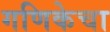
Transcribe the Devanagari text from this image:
गणिकेचा